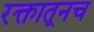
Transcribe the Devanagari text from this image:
रक्तातूनच